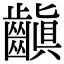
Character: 齻